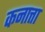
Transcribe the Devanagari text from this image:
कनात्ता